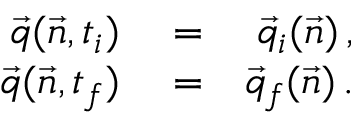
\begin{array} { r l r } { \vec { q } ( \vec { n } , t _ { i } ) } & { { } = } & { \vec { q } _ { i } ( \vec { n } ) \, , } \\ { \vec { q } ( \vec { n } , t _ { f } ) } & { { } = } & { \vec { q } _ { f } ( \vec { n } ) \, . } \end{array}